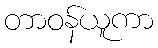
တာဝန်ယူကာ